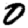
Digit: 0